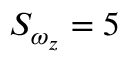
S _ { \omega _ { z } } = 5 \